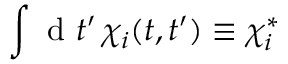
\int \mathrm { ~ d ~ } t ^ { \prime } \, \chi _ { i } ( t , t ^ { \prime } ) \equiv \chi _ { i } ^ { * }